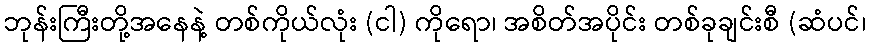
ဘုန်းကြီးတို့အနေနဲ့ တစ်ကိုယ်လုံး (ငါ) ကိုရော၊ အစိတ်အပိုင်း တစ်ခုချင်းစီ (ဆံပင်၊